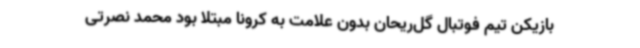
بازیکن تیم فوتبال گل‌ریحان بدون علامت به کرونا مبتلا بود محمد نصرتی